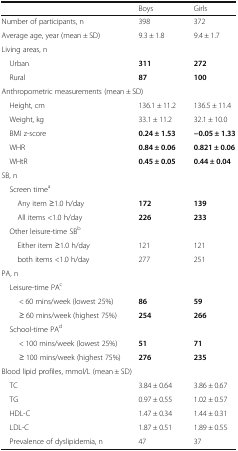
<table><thead><tr><td></td><td><b>Boys</b></td><td><b>Girls</b></td></tr></thead><tbody><tr><td>Number of participants, n</td><td>398</td><td>372</td></tr><tr><td>Average age, year (mean ± SD)</td><td>9.3 ± 1.8</td><td>9.4 ± 1.7</td></tr><tr><td colspan="3">Living areas, n</td></tr><tr><td> Urban</td><td><b>311</b></td><td><b>272</b></td></tr><tr><td> Rural</td><td><b>87</b></td><td><b>100</b></td></tr><tr><td colspan="3">Anthropometric measurements (mean ± SD)</td></tr><tr><td> Height, cm</td><td>136.1 ± 11.2</td><td>136.5 ± 11.4</td></tr><tr><td> Weight, kg</td><td>33.1 ± 11.2</td><td>32.1 ± 10.0</td></tr><tr><td> BMI z-score</td><td><b>0.24 ± 1.53</b></td><td><b>−0.05 ± 1.33</b></td></tr><tr><td> WHR</td><td><b>0.84 ± 0.06</b></td><td><b>0.821 ± 0.06</b></td></tr><tr><td> WHtR</td><td><b>0.45 ± 0.05</b></td><td><b>0.44 ± 0.04</b></td></tr><tr><td colspan="3">SB, n</td></tr><tr><td colspan="3"> Screen time<sup>a</sup></td></tr><tr><td>Any item ≥1.0 h/day</td><td><b>172</b></td><td><b>139</b></td></tr><tr><td>All items &lt;1.0 h/day</td><td><b>226</b></td><td><b>233</b></td></tr><tr><td colspan="3"> Other leisure-time SB<sup>b</sup></td></tr><tr><td>Either item ≥1.0 h/day</td><td>121</td><td>121</td></tr><tr><td>both items &lt;1.0 h/day</td><td>277</td><td>251</td></tr><tr><td colspan="3">PA, n</td></tr><tr><td colspan="3"> Leisure-time PA<sup>c</sup></td></tr><tr><td>&lt; 60 mins/week (lowest 25%)</td><td><b>86</b></td><td><b>59</b></td></tr><tr><td>≥ 60 mins/week (highest 75%)</td><td><b>254</b></td><td><b>266</b></td></tr><tr><td colspan="3"> School-time PA<sup>d</sup></td></tr><tr><td>&lt; 100 mins/week (lowest 25%)</td><td><b>51</b></td><td><b>71</b></td></tr><tr><td>≥ 100 mins/week (highest 75%)</td><td><b>276</b></td><td><b>235</b></td></tr><tr><td colspan="3">Blood lipid profiles, mmol/L (mean ± SD)</td></tr><tr><td> TC</td><td>3.84 ± 0.64</td><td>3.86 ± 0.67</td></tr><tr><td> TG</td><td>0.97 ± 0.55</td><td>1.02 ± 0.57</td></tr><tr><td> HDL-C</td><td>1.47 ± 0.34</td><td>1.44 ± 0.31</td></tr><tr><td> LDL-C</td><td>1.87 ± 0.51</td><td>1.89 ± 0.55</td></tr><tr><td> Prevalence of dyslipidemia, n</td><td>47</td><td>37</td></tr></tbody></table>